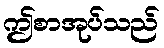
ဤစာအုပ်သည်